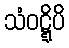
သံဝဋ္ဋိပိ